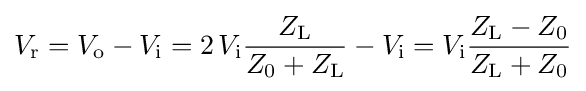
V_{\mathrm {r} }=V_{\mathrm {o} }-V_{\mathrm {i} }=2\,V_{\mathrm {i} }{\frac {Z_{\mathrm {L} }}{Z_{\mathrm {0} }+Z_{\mathrm {L} }}}-V_{\mathrm {i} }=V_{\mathrm {i} }{\frac {Z_{\mathrm {L} }-Z_{\mathrm {0} }}{Z_{\mathrm {L} }+Z_{\mathrm {0} }}}